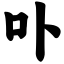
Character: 卟